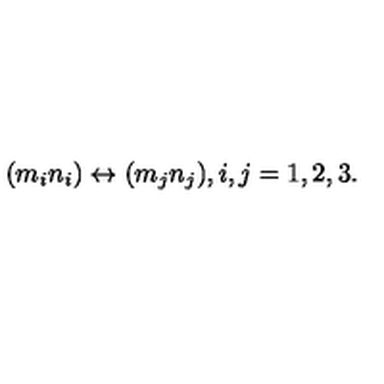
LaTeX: \begin{array} { l c r } { ( m _ { i } n _ { i } ) \leftrightarrow ( m _ { j } n _ { j } ) , i , j = 1 , 2 , 3 . } \\ \end{array}